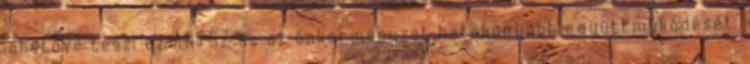
lehetővé teszi az ÁNTSZ és az önkormányzat hatékonyabb együttműködését.